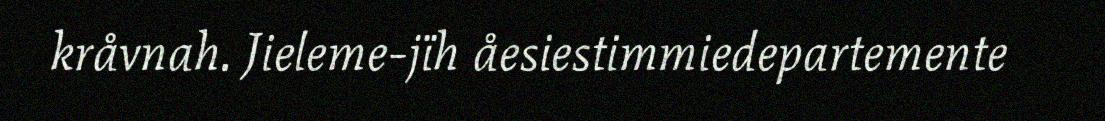
kråvnah. Jieleme-jïh åesiestimmiedepartemente